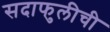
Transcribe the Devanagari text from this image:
सदाफुलीची